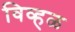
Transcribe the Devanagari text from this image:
विव्हळ